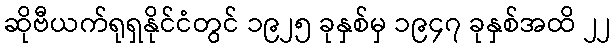
ဆိုဗီယက်ရုရှနိုင်ငံတွင် ၁၉၂၅ ခုနှစ်မှ ၁၉၄၇ ခုနှစ်အထိ ၂၂